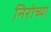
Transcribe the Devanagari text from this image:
निरोच्या